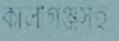
কালীগঞ্জসহ